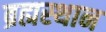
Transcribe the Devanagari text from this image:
ब्रह्मस्थान